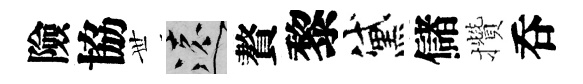
險協𠀍遠贅黎黛儲攢呑